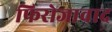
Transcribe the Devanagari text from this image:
फिरोजावाद